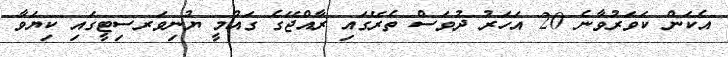
އެކަން ކަވަރުވާނެ 20 އަހަރު ދުވަސް ތެރޭގައި ރާއްޖޭގެ ގައުމީ ޔުނިވަރސިޓީގައި ކިޔަވާ